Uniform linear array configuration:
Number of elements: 48
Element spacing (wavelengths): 0.5
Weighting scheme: uniform
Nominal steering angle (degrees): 45
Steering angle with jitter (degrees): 45.502
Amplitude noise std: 0.05
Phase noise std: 0.05

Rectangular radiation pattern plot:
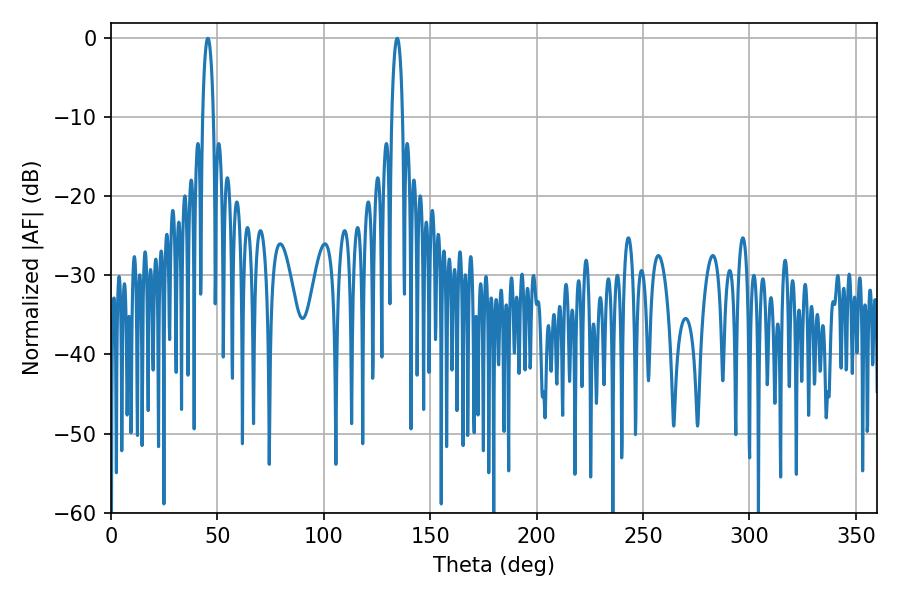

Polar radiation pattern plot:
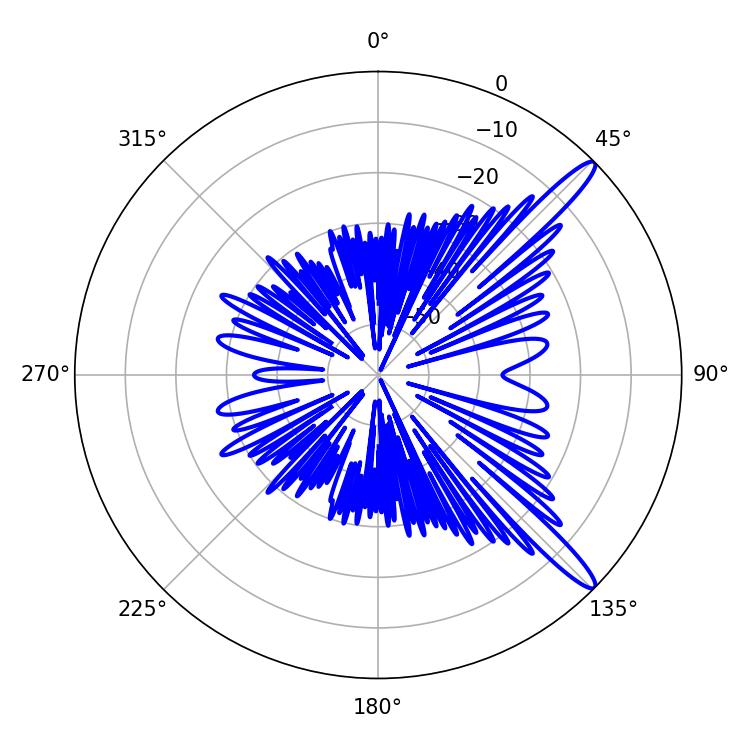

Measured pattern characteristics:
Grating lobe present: FALSE
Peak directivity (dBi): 13.775
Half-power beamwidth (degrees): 2.88
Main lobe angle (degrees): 45.54